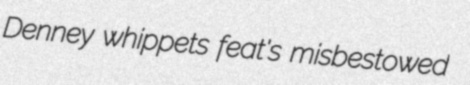
Denney whippets feat's misbestowed